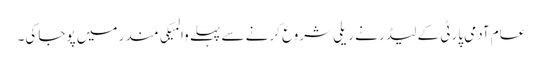
عام آدمی پارٹی کے لیڈر نے ریلی شروع کرنے سے پہلے والمیکی مندر میں پوجا کی۔